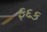
ફદક